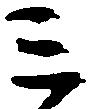
ミ